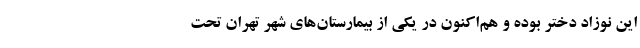
این نوزاد دختر بوده و هم‌اکنون در یکی از بیمارستان‌های شهر تهران تحت